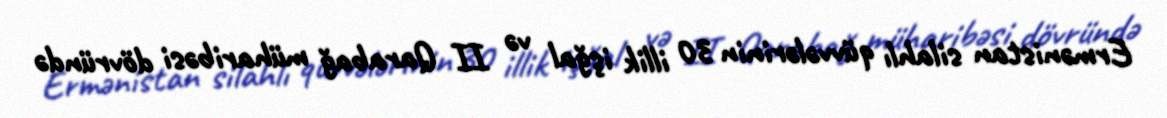
Ermənistan silahlı qüvvələrinin 30 illik işğal və II Qarabağ müharibəsi dövründə